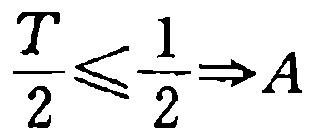
$\frac{T}{2}\leqslant\frac{1}{2}\Rightarrow A$